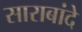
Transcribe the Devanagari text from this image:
साराबांदे